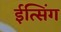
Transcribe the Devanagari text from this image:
ईत्सिंग